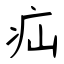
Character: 疝